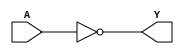
module MOD_74x04_3 (
    input [2:0] A,
    output [2:0] Y);

assign Y = ~A;

endmodule

module MOD_74x04_3_SPLIT (
    input [2:0] A,
    output [2:0] Y);

assign Y[0] = ~A[0];
assign Y[1] = ~A[1];
assign Y[2] = ~A[2];

endmodule